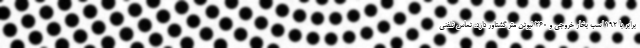
برابر با 192 اسب بخار خروجی و 260 نیوتن متر گشتاور دارد. تماس تلفنی